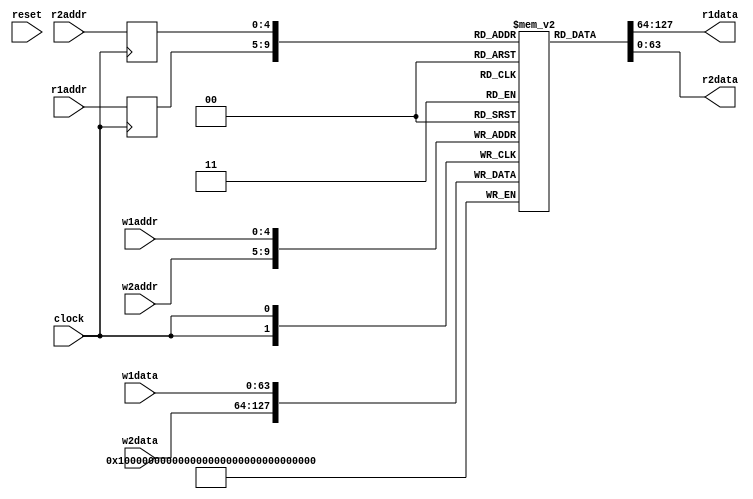
module Memory2R2W(
  input         clock,
  input         reset,
  input  [4:0]  r1addr, // @[src/main/scala/Memory.scala 111:18]
  output [63:0] r1data, // @[src/main/scala/Memory.scala 112:18]
  input  [4:0]  r2addr, // @[src/main/scala/Memory.scala 113:18]
  output [63:0] r2data, // @[src/main/scala/Memory.scala 114:18]
  input  [4:0]  w1addr, // @[src/main/scala/Memory.scala 116:18]
  input  [63:0] w1data, // @[src/main/scala/Memory.scala 117:18]
  input  [4:0]  w2addr, // @[src/main/scala/Memory.scala 118:18]
  input  [63:0] w2data // @[src/main/scala/Memory.scala 119:18]
);
  reg [63:0] mem [0:31]; // @[src/main/scala/Memory.scala 121:24]
  wire  mem_r1data_MPORT_en; // @[src/main/scala/Memory.scala 121:24]
  wire [4:0] mem_r1data_MPORT_addr; // @[src/main/scala/Memory.scala 121:24]
  wire [63:0] mem_r1data_MPORT_data; // @[src/main/scala/Memory.scala 121:24]
  wire  mem_r2data_MPORT_en; // @[src/main/scala/Memory.scala 121:24]
  wire [4:0] mem_r2data_MPORT_addr; // @[src/main/scala/Memory.scala 121:24]
  wire [63:0] mem_r2data_MPORT_data; // @[src/main/scala/Memory.scala 121:24]
  wire [63:0] mem_MPORT_data; // @[src/main/scala/Memory.scala 121:24]
  wire [4:0] mem_MPORT_addr; // @[src/main/scala/Memory.scala 121:24]
  wire  mem_MPORT_mask; // @[src/main/scala/Memory.scala 121:24]
  wire  mem_MPORT_en; // @[src/main/scala/Memory.scala 121:24]
  wire [63:0] mem_MPORT_1_data; // @[src/main/scala/Memory.scala 121:24]
  wire [4:0] mem_MPORT_1_addr; // @[src/main/scala/Memory.scala 121:24]
  wire  mem_MPORT_1_mask; // @[src/main/scala/Memory.scala 121:24]
  wire  mem_MPORT_1_en; // @[src/main/scala/Memory.scala 121:24]
  reg  mem_r1data_MPORT_en_pipe_0;
  reg [4:0] mem_r1data_MPORT_addr_pipe_0;
  reg  mem_r2data_MPORT_en_pipe_0;
  reg [4:0] mem_r2data_MPORT_addr_pipe_0;
  assign mem_r1data_MPORT_en = mem_r1data_MPORT_en_pipe_0;
  assign mem_r1data_MPORT_addr = mem_r1data_MPORT_addr_pipe_0;
  assign mem_r1data_MPORT_data = mem[mem_r1data_MPORT_addr]; // @[src/main/scala/Memory.scala 121:24]
  assign mem_r2data_MPORT_en = mem_r2data_MPORT_en_pipe_0;
  assign mem_r2data_MPORT_addr = mem_r2data_MPORT_addr_pipe_0;
  assign mem_r2data_MPORT_data = mem[mem_r2data_MPORT_addr]; // @[src/main/scala/Memory.scala 121:24]
  assign mem_MPORT_data = w1data;
  assign mem_MPORT_addr = w1addr;
  assign mem_MPORT_mask = 1'h1;
  assign mem_MPORT_en = 1'h1;
  assign mem_MPORT_1_data = w2data;
  assign mem_MPORT_1_addr = w2addr;
  assign mem_MPORT_1_mask = 1'h1;
  assign mem_MPORT_1_en = 1'h1;
  assign r1data = mem_r1data_MPORT_data; // @[src/main/scala/Memory.scala 122:10]
  assign r2data = mem_r2data_MPORT_data; // @[src/main/scala/Memory.scala 123:10]
  always @(posedge clock) begin
    if (mem_MPORT_en & mem_MPORT_mask) begin
      mem[mem_MPORT_addr] <= mem_MPORT_data; // @[src/main/scala/Memory.scala 121:24]
    end
    if (mem_MPORT_1_en & mem_MPORT_1_mask) begin
      mem[mem_MPORT_1_addr] <= mem_MPORT_1_data; // @[src/main/scala/Memory.scala 121:24]
    end
    mem_r1data_MPORT_en_pipe_0 <= 1'h1;
    if (1'h1) begin
      mem_r1data_MPORT_addr_pipe_0 <= r1addr;
    end
    mem_r2data_MPORT_en_pipe_0 <= 1'h1;
    if (1'h1) begin
      mem_r2data_MPORT_addr_pipe_0 <= r2addr;
    end
  end
endmodule